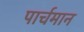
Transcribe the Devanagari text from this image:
पार्चमान